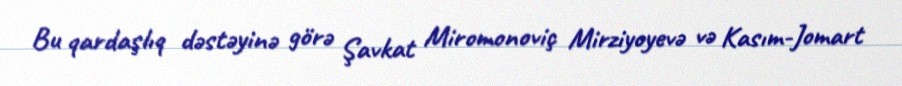
Bu qardaşlıq dəstəyinə görə Şavkat Miromonoviç Mirziyoyevə və Kasım-Jomart